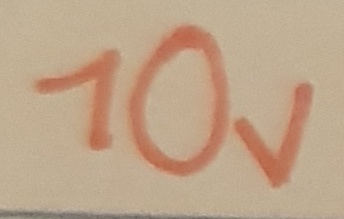
Text: 10V